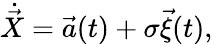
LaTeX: \dot{\vec{X}}=\vec{a}(t)+\sigma\vec{\xi}(t),